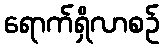
ရောက်ရှိလာစဉ်